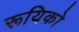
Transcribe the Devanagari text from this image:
रूयिको